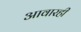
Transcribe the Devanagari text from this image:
आवारही